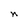
Character: n